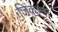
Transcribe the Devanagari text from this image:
जिंकण्या